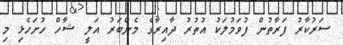
ސަރުކާރު ފަރާތުން ފުވަމުލަކު އުތުރު ދާއިރާގެ މެންބަރު އަލީ ޝާހް ހުށަހެޅި މި